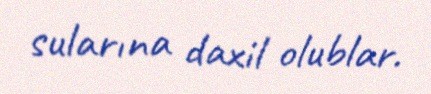
sularına daxil olublar.